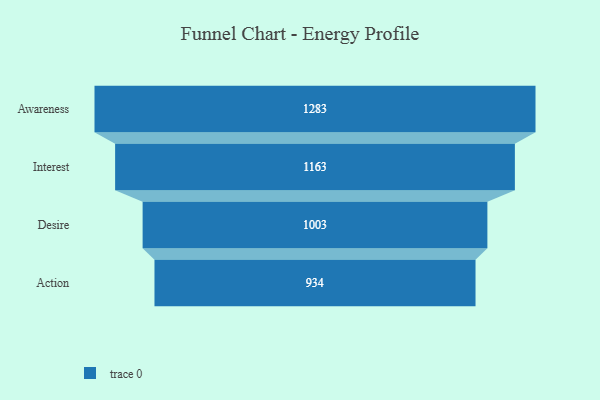
{"axis": {"x": "Stage", "y": "Value"}, "legend": [""], "data": [{"x": "Awareness", "y": 1283.0, "type": ""}, {"x": "Interest", "y": 1163.0, "type": ""}, {"x": "Desire", "y": 1003.0, "type": ""}, {"x": "Action", "y": 934.0, "type": ""}]}